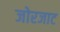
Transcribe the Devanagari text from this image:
जोरजाट